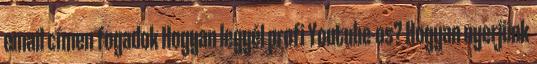
email címen fogadok Hogyan legyél profi Youtube-os? Hogyan nyerjünk